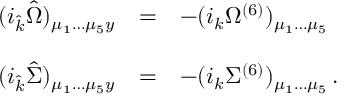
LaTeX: \begin{array} { r c l } { { ( i _ { \hat { k } } { \hat { \Omega } } ) _ { \mu _ { 1 } \dots \mu _ { 5 } y } } } & { { = } } & { { - ( i _ { k } \Omega ^ { ( 6 ) } ) _ { \mu _ { 1 } \dots \mu _ { 5 } } } } \\ { { } } & { { } } & { { } } \\ { { ( i _ { \hat { k } } { \hat { \Sigma } } ) _ { \mu _ { 1 } \dots \mu _ { 5 } y } } } & { { = } } & { { - ( i _ { k } \Sigma ^ { ( 6 ) } ) _ { \mu _ { 1 } \dots \mu _ { 5 } } \, . } } \end{array}